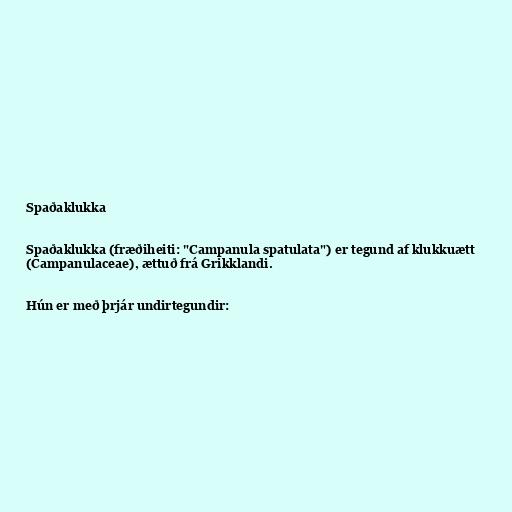
Spaðaklukka

Spaðaklukka (fræðiheiti: "Campanula spatulata") er tegund af klukkuætt
(Campanulaceae), ættuð frá Grikklandi.

Hún er með þrjár undirtegundir: